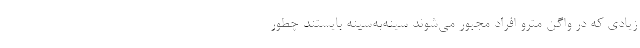
زیادی که در واگن مترو افراد مجبور می‌شوند سینه‌به‌سینه بایستند چطور